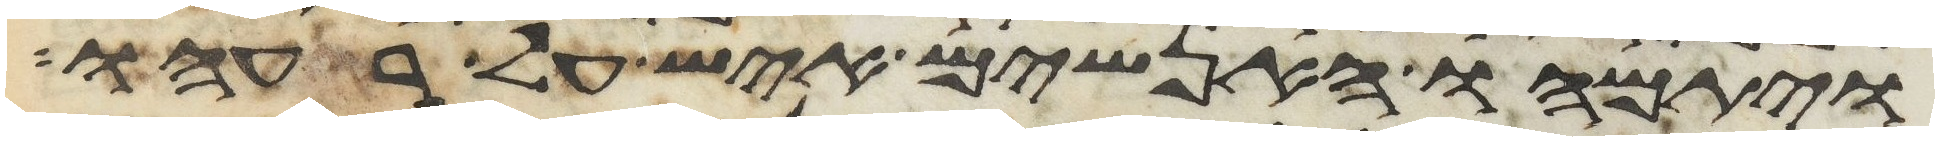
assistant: ויתמהו האנשים איש על רעהו